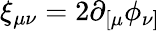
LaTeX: \xi_{\mu\nu}=2\partial_{[\mu}\phi_{\nu]}